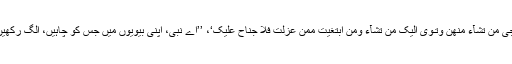
جب ﷲ تعالیٰ نے یہ آیت اتاری: ’تُرْجِیْ مَنْ تَشَآءُ مِنْھُنَّ وَتُـٔۡوِیْٓ اِلَیْکَ مَنْ تَشَآءُ وَمَنِ ابْتَغَیْتَ مِمَّنْ عَزَلْتَ فَلَا جُنَاحَ عَلَیْکَ‘، ’’اے نبی، اپنی بیویوں میں جس کو چاہیں، الگ رکھیں اور جسے چاہیں، اپنے پاس رکھیں۔